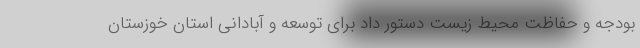
بودجه و حفاظت محیط زیست دستور داد برای توسعه و آبادانی استان خوزستان